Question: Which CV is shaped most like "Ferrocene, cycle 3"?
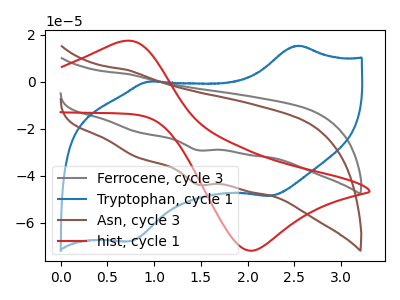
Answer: <think>The gray curve "Ferrocene, cycle 3" has a cathodic peak at: (1.45V, -29.05uA). The blue curve "Tryptophan, cycle 1" has anodic peaks at (2.55V, 15.45uA) (0.95V, 0.10uA) and cathodic peaks at (2.25V, -48.55uA) (0.75V, -67.90uA). The brown curve "Asn, cycle 3" has a cathodic peak at: (1.45V, -43.70uA). The red curve "hist, cycle 1" has an anodic peak at (0.65V, 17.35uA) and a cathodic peak at (2.05V, -71.85uA).
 "Ferrocene, cycle 3" and "Tryptophan, cycle 1" have a different number of peaks. All the peaks in "Ferrocene, cycle 3" have a peak in "Asn, cycle 3" at the same potential. Every peak in "Ferrocene, cycle 3" is lower than every peak in "Asn, cycle 3". "Ferrocene, cycle 3" and "hist, cycle 1" have a different number of peaks. "Tryptophan, cycle 1" and "Asn, cycle 3" have a different number of peaks. "Tryptophan, cycle 1" and "hist, cycle 1" have a different number of peaks. "Asn, cycle 3" and "hist, cycle 1" have a different number of peaks.</think>
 <answer>The CV with the most similar shape to "Asn, cycle 3" is "Ferrocene, cycle 3".</answer>
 <eval>"Ferrocene, cycle 3"</eval>